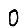
Digit: 0